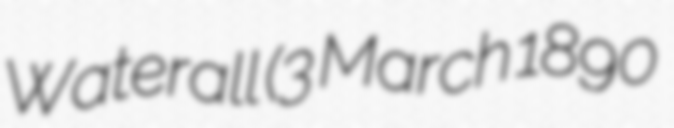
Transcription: Waterall (3 March 1890